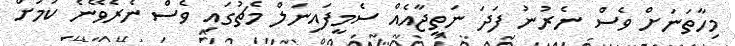
މިހާތަނަށް ވެސް ނެރުނު ފަދަ ނަތީޖާއެއް ސެމީފައިނަލް މެޗުގައި ވެސް ނެރެވޭނެ ކަމަށް